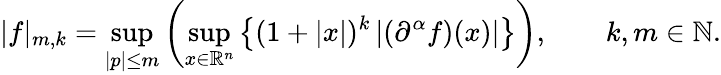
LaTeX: |f|_{m,k}=\operatorname*{sup}_{|p|\leq m}\left(\operatorname*{sup}_{x\in\mathbb{R}^{n}}\left\{ (1+|x|)^{k}\left|(\partial^{\alpha}f)(x)\right|\right\} \right),\qquad k,m\in\mathbb{N}.